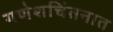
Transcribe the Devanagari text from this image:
गणेशचिंतनात